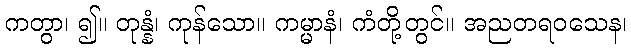
ကတွာ၊ ၍။ တုန္နံ၊ ကုန်သော။ ကမ္မာနံ၊ ကံတို့တွင်။ အညတရဝသေန၊